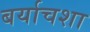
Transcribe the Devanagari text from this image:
बर्याचशा